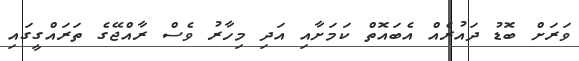
ވަރަށް ބޮޑު ދައުރެއް އެބައޮތް ކަމަށާއި އަދި މިހާރު ވެސް ރާއްޖޭގެ ތަރައްގީގައި